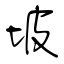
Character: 坡